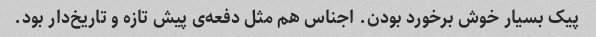
پیک بسیار خوش برخورد بودن. اجناس هم مثل دفعه‌ی پیش تازه و تاریخ‌دار بود.